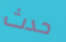
حدث